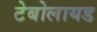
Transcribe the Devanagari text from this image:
टेबोलायड